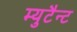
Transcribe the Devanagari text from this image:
म्युटैन्ट